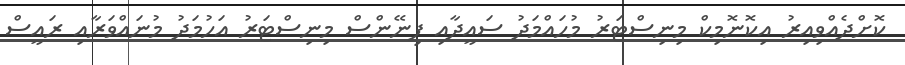
ކޮށްދެއްވިއިރު އިކޮނޮމިކް މިނިސްޓަރު މުހައްމަދު ސައީދާއި ފިނޭންސް މިނިސްޓަރު އަހުމަދު މުނައްވަރާއި ރައީސް